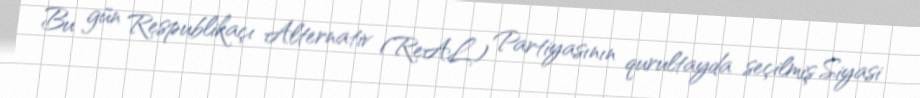
Bu gün Respublikaçı Alternativ (ReAL) Partiyasının qurultayda seçilmiş Siyasi